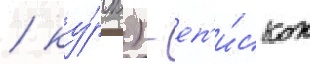
/ ку́рск) - еп'и́скоп